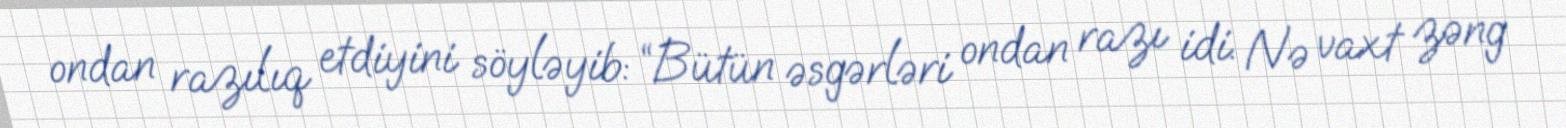
ondan razılıq etdiyini söyləyib: “Bütün əsgərləri ondan razı idi. Nə vaxt zəng